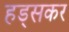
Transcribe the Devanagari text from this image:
हड्सकर